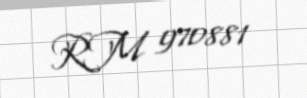
RM 970881